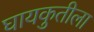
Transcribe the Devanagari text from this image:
घायकुतीला